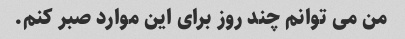
من می توانم چند روز برای این موارد صبر کنم.